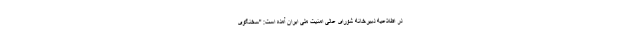
در اطلاعیه دبیرخانه شورای عالی امنیت ملی ایران آمده است: "سخنگوی